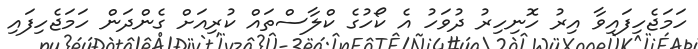
ހަމަޖެހިފައިވާ އިރު ހޮނިހިރު ދުވަހު އެ ކޯހުގެ ކްލާސްތައް ކުރިއަށް ގެންދަން ހަމަޖެހިފައި